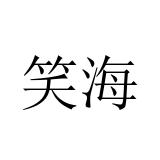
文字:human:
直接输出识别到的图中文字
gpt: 笑海